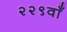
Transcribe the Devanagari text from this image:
२२९वाँ